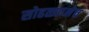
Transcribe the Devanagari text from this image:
सोहळ्यानेच